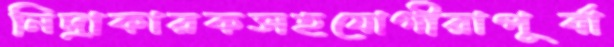
নিদ্রাকারকসহযোগীরাপূর্বা